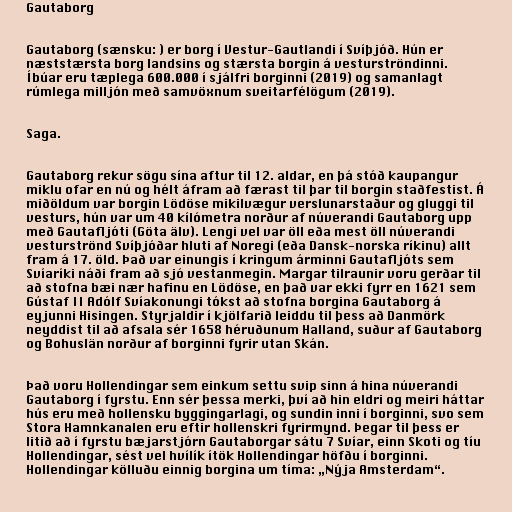
Gautaborg

Gautaborg (sænsku: ) er borg í Vestur-Gautlandi í Svíþjóð. Hún er
næststærsta borg landsins og stærsta borgin á vesturströndinni.
Íbúar eru tæplega 600.000 í sjálfri borginni (2019) og samanlagt
rúmlega milljón með samvöxnum sveitarfélögum (2019).

Saga.

Gautaborg rekur sögu sína aftur til 12. aldar, en þá stóð kaupangur
miklu ofar en nú og hélt áfram að færast til þar til borgin staðfestist. Á
miðöldum var borgin Lödöse mikilvægur verslunarstaður og gluggi til
vesturs, hún var um 40 kílómetra norður af núverandi Gautaborg upp
með Gautafljóti (Göta älv). Lengi vel var öll eða mest öll núverandi
vesturströnd Svíþjóðar hluti af Noregi (eða Dansk-norska ríkinu) allt
fram á 17. öld. Það var einungis í kringum árminni Gautafljóts sem
Svíaríki náði fram að sjó vestanmegin. Margar tilraunir voru gerðar til
að stofna bæi nær hafinu en Lödöse, en það var ekki fyrr en 1621 sem
Gústaf II Adólf Svíakonungi tókst að stofna borgina Gautaborg á
eyjunni Hisingen. Styrjaldir í kjölfarið leiddu til þess að Danmörk
neyddist til að afsala sér 1658 héruðunum Halland, suður af Gautaborg
og Bohuslän norður af borginni fyrir utan Skán.

Það voru Hollendingar sem einkum settu svip sinn á hina núverandi
Gautaborg í fyrstu. Enn sér þessa merki, því að hin eldri og meiri háttar
hús eru með hollensku byggingarlagi, og sundin inni í borginni, svo sem
Stora Hamnkanalen eru eftir hollenskri fyrirmynd. Þegar til þess er
litið að í fyrstu bæjarstjórn Gautaborgar sátu 7 Svíar, einn Skoti og tíu
Hollendingar, sést vel hvílík ítök Hollendingar höfðu í borginni.
Hollendingar kölluðu einnig borgina um tíma: „Nýja Amsterdam“.